Loodushoiu_ja_Turismi_Instituut, lk 250
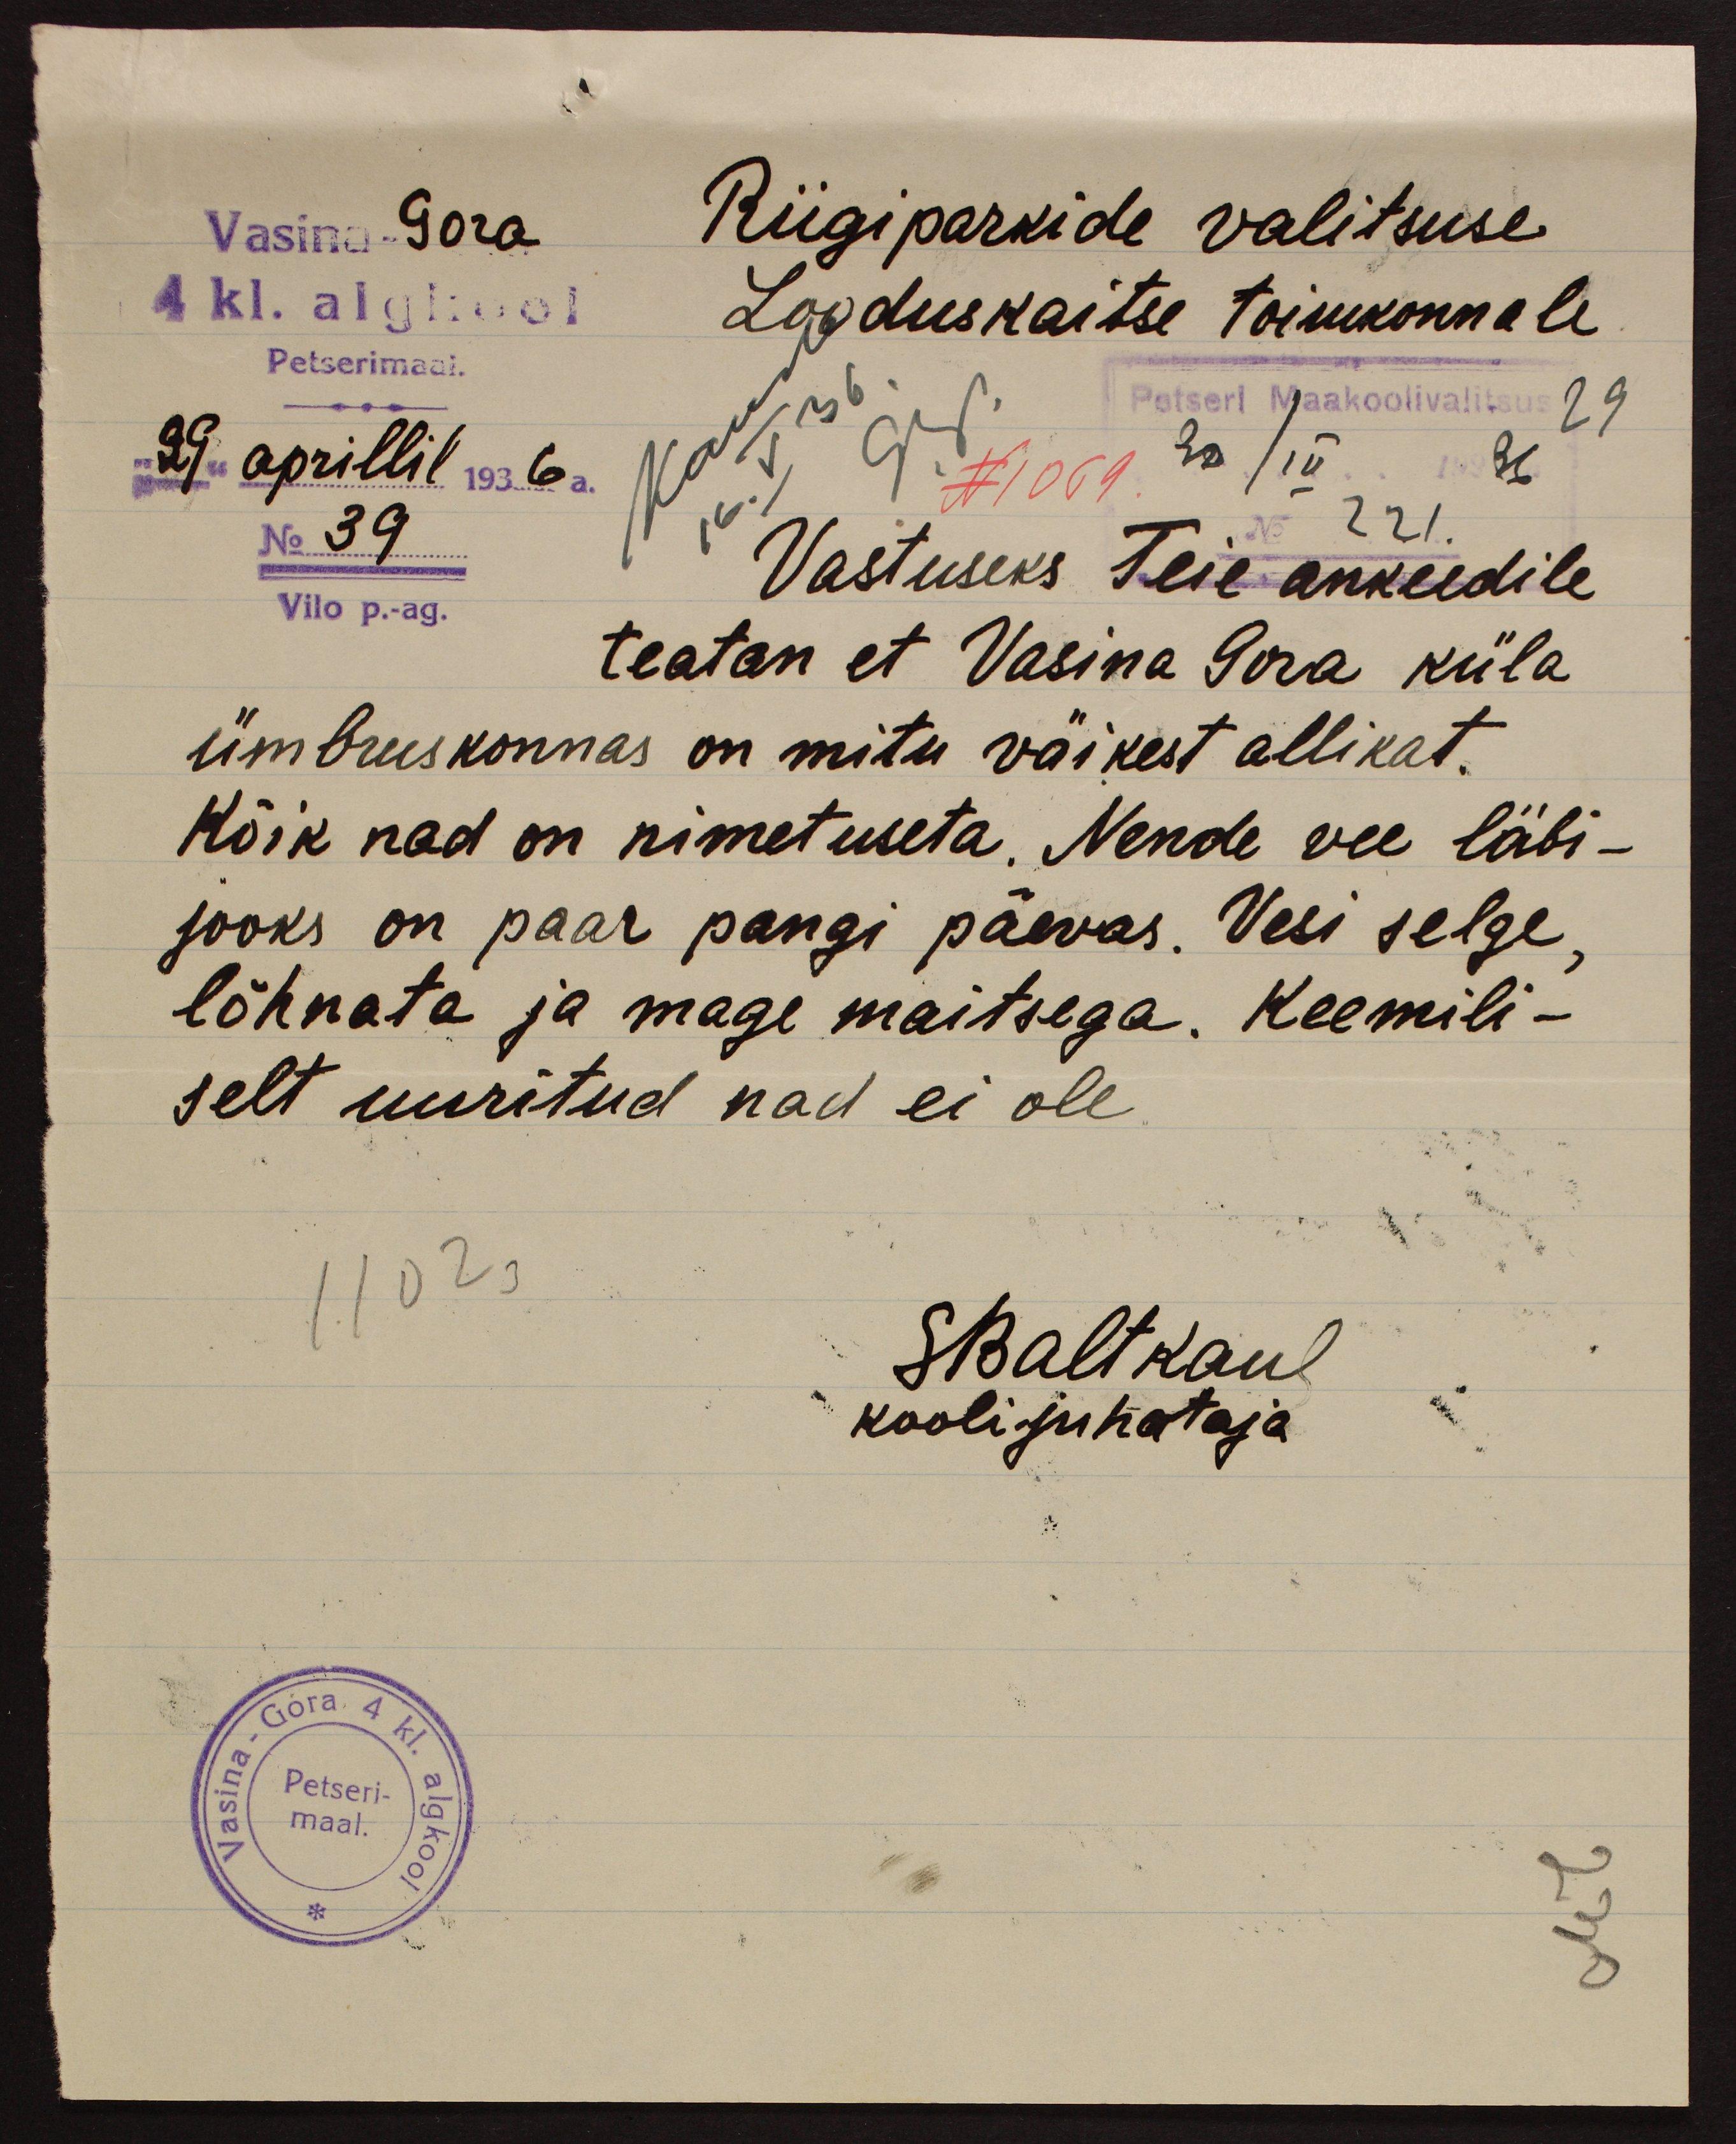
Vasina Gora
Riigiparkide valitsuse
4 kl. algkool
Looduskaitse toimkonnale
Petserimaal.
Petseri Maakoolivalitsus 29
"29" aprillil 1936 a.
N 1069 20/IV. 36
No 39
No 221.
Vastuseks Teie ankeedile
Vilo p.-ag.
teatan et Vasina Gora küla
ümbruskonnas on mitu väikest allikat.
Kõik nad on nimetuseta. Nende vee läbi-
jooks on paar pangi päevas. Vesi selge,
lõhnata ja mage maitsega. Keemili-
selt uuritud nad ei ole
11023
Sbaltkaul
koolijuhataja
Petseri-
maal.